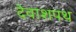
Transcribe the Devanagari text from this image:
देवाशपथ